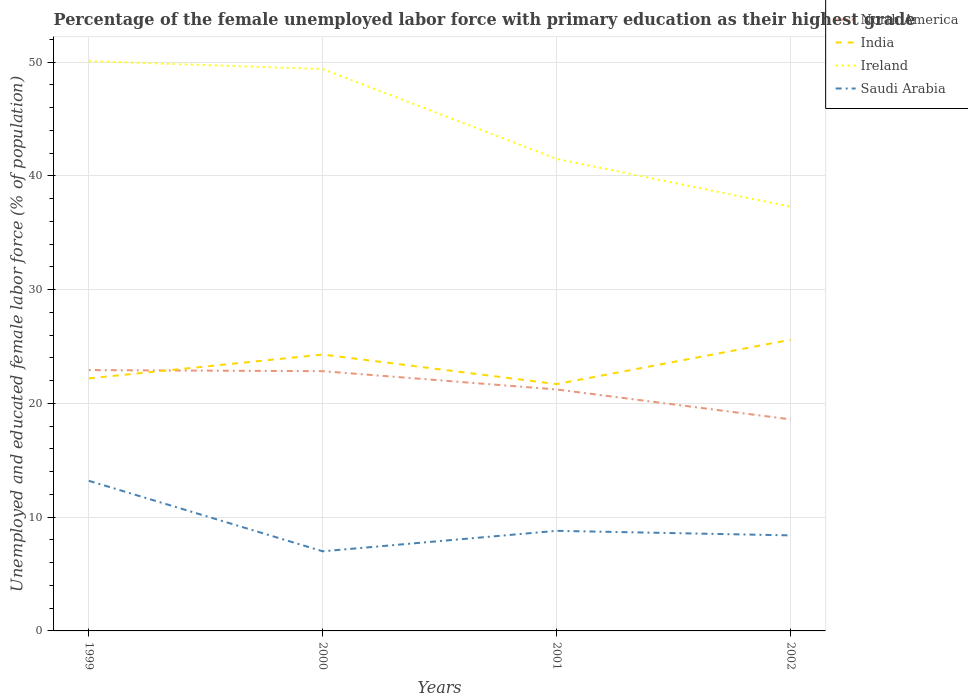
| Years | North America | India | Ireland | Saudi Arabia |
 | --- | --- | --- | --- | --- |
 | 1999 | 22.9 | 22.2 | 50.1 | 13.2 |
 | 2000 | 22.8 | 24.3 | 49.4 | 7 |
 | 2001 | 21.2 | 21.7 | 41.5 | 8.8 |
 | 2002 | 18.6 | 25.6 | 37.3 | 8.4 |